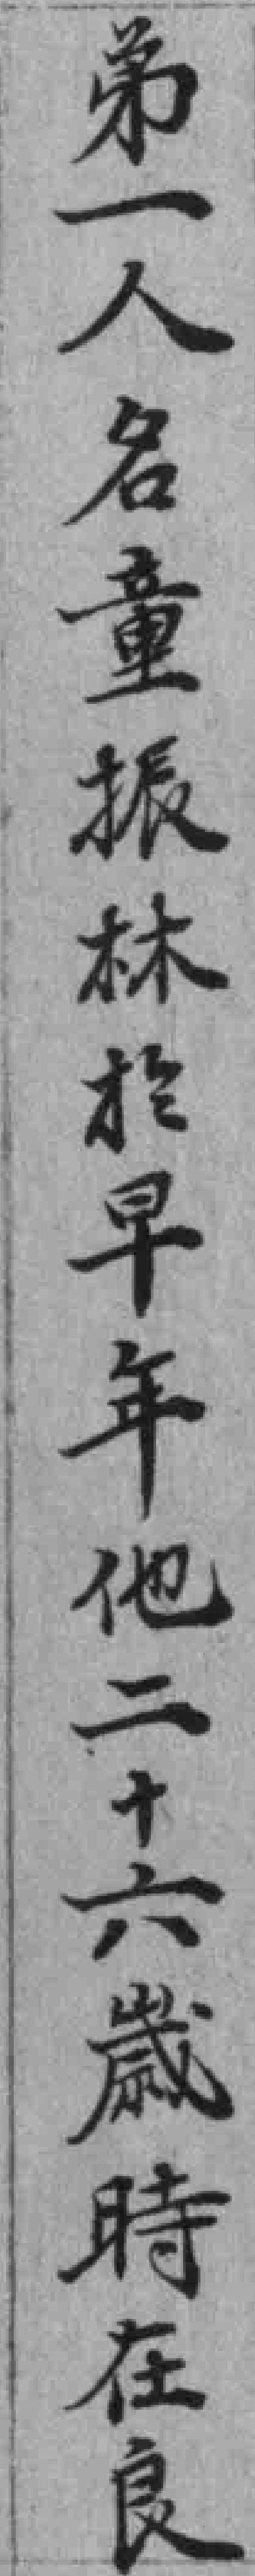
弟一人名童振林於早年他二十六歲時在良